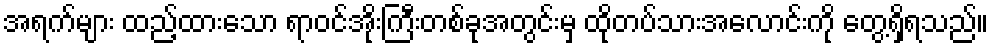
အရက်များ ထည့်ထားသော ရာဝင်အိုးကြီးတစ်ခုအတွင်းမှ ထိုတပ်သားအလောင်းကို တွေ့ရှိရသည်။